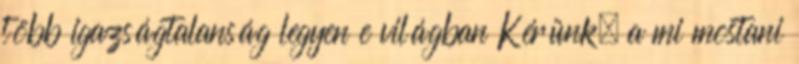
több igazságtalanság legyen e világban Kérünk, a mi mostani